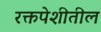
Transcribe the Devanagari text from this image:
रक्तपेशीतील